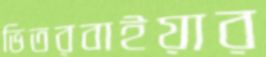
ভিতরবাইয়ার